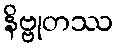
နိဗ္ဗုတဿ